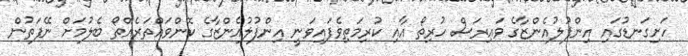
ހަށިގަނޑުގައި އިންފުލުއެންޒާގެ ވައިރަސް ހުރިތޯ އާއި ކުރިމަތިވެފައިވަނީ އިންފުލުއެންޒާގެ ކޮންވައްތަރެއްތޯ ބެލުމަށް ނޭފަތުން